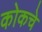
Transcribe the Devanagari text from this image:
कोकचे